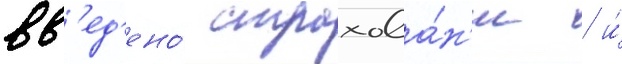
вв'ед'ено́ страхова́н'ие / и́